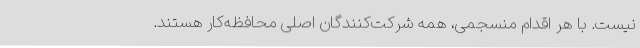
نیست. با هر اقدام منسجمی، همه شرکت‌کنندگان اصلی محافظه‌کار هستند.